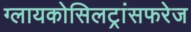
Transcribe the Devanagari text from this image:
ग्लायकोसिलट्रांसफरेज